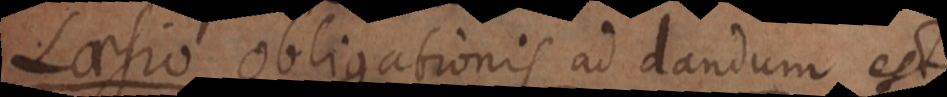
laesio obligationis ad faciendum est